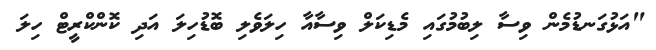
"އަޅުގަނޑުމެން ވިސާ ލިބުމުގައި މެޑިކަލް ވިސާއާ ހިލަވެލި ބޮޑުހިލަ އަދި ކޮންކްރީޓް ހިލަ